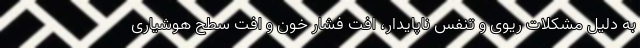
به دلیل مشکلات ریوی و تنفس ناپایدار، افت فشار خون و افت سطح هوشیاری